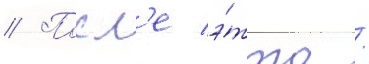
// Посл'е э́того /